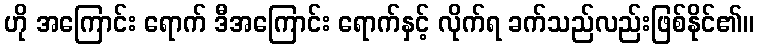
ဟို အကြောင်း ရောက် ဒီအကြောင်း ရောက်နှင့် လိုက်ရ ခက်သည်လည်းဖြစ်နိုင်၏။